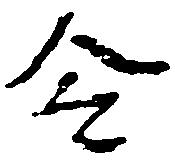
令